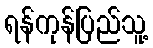
ရန်ကုန်ပြည်သူ့